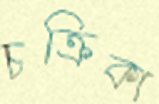
চক্রিকা